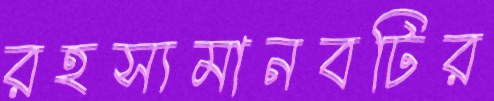
রহস্যমানবটির